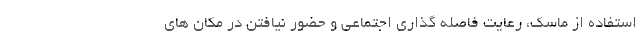
استفاده از ماسک، رعایت فاصله گذاری اجتماعی و حضور نیافتن در مکان های